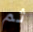
ثم